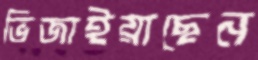
ভিজাইয়াছেন